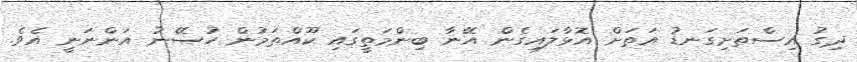
ދިގު އިސްތަށިގަނޑު އަތަށް އޮޅާލައިގެން އޭނާ ބިންމަތީގައި ކޫއްތަމުން ހުސޭނު އަންނަނީ އެވެ.